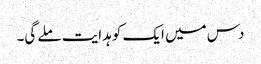
دس میں ایک کو ہدایت ملے گی۔